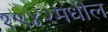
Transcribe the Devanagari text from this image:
१९४२मधील